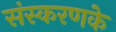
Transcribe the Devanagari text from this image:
संस्‍करणके